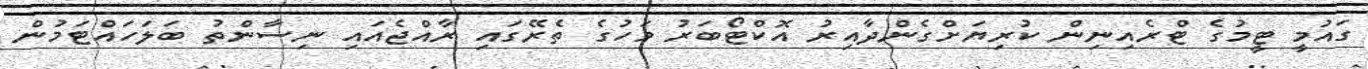
ގައުމީ ޓީމުގެ ޓްރެއިނިން ކުރިޔަށްގެންދާއިރު އޮކްޓޯބަރު މަހުގެ ތެރޭގައި ރާއްޖެއައި ނިސާންތު ބަލަހައްޓަމުން